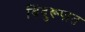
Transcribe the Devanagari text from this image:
बिंदुरूपात